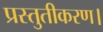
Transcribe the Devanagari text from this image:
प्रस्तुतीकरण।